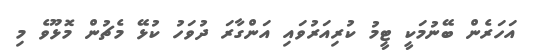
އަހަރެން ބޭނުމަކީ ޓީމު ކުރިއަރުވައި އަންގާރަ ދުވަހު ކުޅޭ މެޗުން މޮޅޫވެ މި